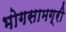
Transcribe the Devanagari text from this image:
भोगसामग्री